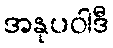
အနုပဝါဒီ